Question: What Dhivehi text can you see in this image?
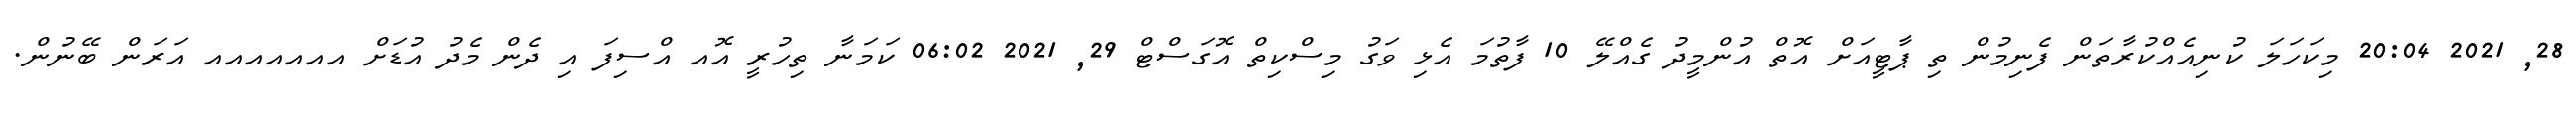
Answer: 28, 2021 20:04 މިކަހަލަ ކުނިއެއްކުރާތަން ފެނިމުން ތި ޕާޓީއަށް އޮތް އުންމީދު ގެއްލޭ 10 ފާތުމަ އެޅި ވަގު މިސްކިތް އޮގަސްޓް 29, 2021 06:02 ކަމަނާ ތިހުރީ އޮއ އްސިފަ އި ދެން މެދު އުޑަށް އއއއއއއ އަރަން ބޭނުން.